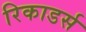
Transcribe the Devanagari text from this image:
रिकाडर्स